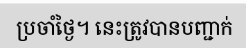
ប្រចាំថ្ងៃ។ នេះត្រូវបានបញ្ជាក់